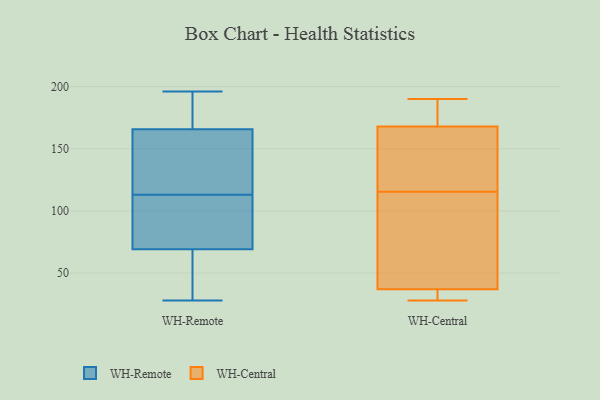
{"axis": {"x": "Budget (USD K)", "y": "Value"}, "legend": ["WH-Central", "WH-Remote"], "data": [{"x": "", "y": 69, "type": "WH-Remote"}, {"x": "", "y": 166, "type": "WH-Remote"}, {"x": "", "y": 184, "type": "WH-Remote"}, {"x": "", "y": 196, "type": "WH-Remote"}, {"x": "", "y": 113, "type": "WH-Remote"}, {"x": "", "y": 151, "type": "WH-Remote"}, {"x": "", "y": 43, "type": "WH-Remote"}, {"x": "", "y": 95, "type": "WH-Remote"}, {"x": "", "y": 165, "type": "WH-Remote"}, {"x": "", "y": 152, "type": "WH-Remote"}, {"x": "", "y": 70, "type": "WH-Remote"}, {"x": "", "y": 81, "type": "WH-Remote"}, {"x": "", "y": 179, "type": "WH-Remote"}, {"x": "", "y": 28, "type": "WH-Remote"}, {"x": "", "y": 44, "type": "WH-Remote"}, {"x": "", "y": 104, "type": "WH-Central"}, {"x": "", "y": 168, "type": "WH-Central"}, {"x": "", "y": 34, "type": "WH-Central"}, {"x": "", "y": 28, "type": "WH-Central"}, {"x": "", "y": 168, "type": "WH-Central"}, {"x": "", "y": 63, "type": "WH-Central"}, {"x": "", "y": 28, "type": "WH-Central"}, {"x": "", "y": 127, "type": "WH-Central"}, {"x": "", "y": 37, "type": "WH-Central"}, {"x": "", "y": 175, "type": "WH-Central"}, {"x": "", "y": 176, "type": "WH-Central"}, {"x": "", "y": 142, "type": "WH-Central"}, {"x": "", "y": 44, "type": "WH-Central"}, {"x": "", "y": 190, "type": "WH-Central"}]}